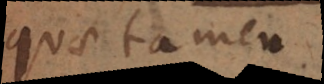
quae tamen